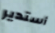
أستدير